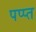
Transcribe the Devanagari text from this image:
पप्प्त